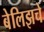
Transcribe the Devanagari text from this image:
बेलिझचे